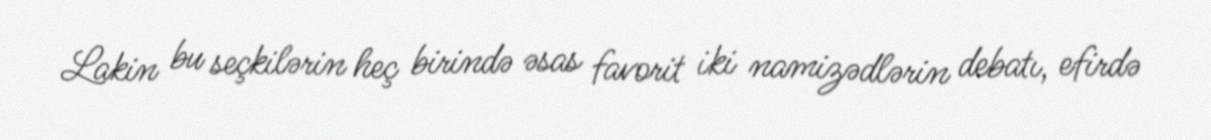
Lakin bu seçkilərin heç birində əsas favorit iki namizədlərin debatı, efirdə